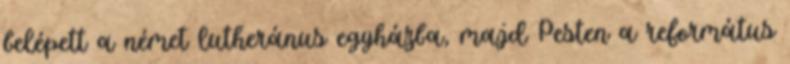
belépett a német lutheránus egyházba, majd Pesten a református